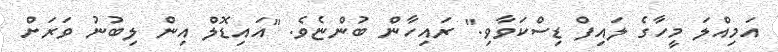
އަމިއްލަ މީހާގެ ލައިފް ޑިސްކަވާވި." ރައިހާން ބުންޏެވެ. "އައިޑޮލް އިން ލިބުނު ވަރަށް